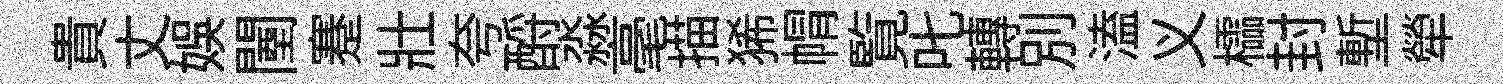
貴丈娱闉蹇壯夸酹淼毫描狶㡌覧叱轉別溘义櫺封塹犖